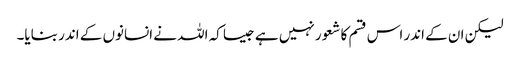
لیکن ان کے اندر اس قسم کا شعور نہیں ہے جیسا کہ اللہ نے انسانوں کے اندر بنایا۔